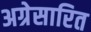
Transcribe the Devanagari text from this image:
अग्रेसारित